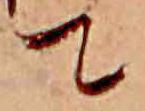
て